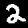
Digit: 2